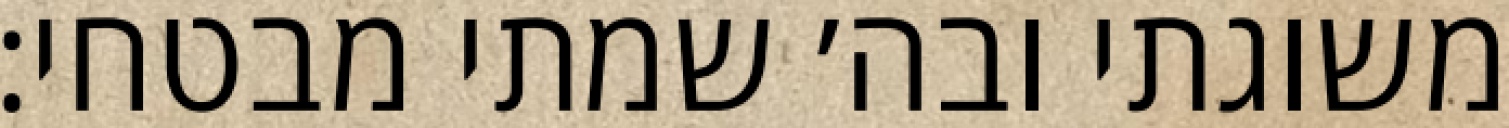
משוגתי ובה׳ שמתי מבטחי: